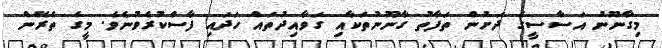
މިގާނޫނު އަސާސީގެ ދަށުން ތަފާތު ގާނޫނުތަކާއި ގަވާއިދުތައް ހަދައި ފާސްކުރެވުނެވެ. މީގެ ތެރޭން